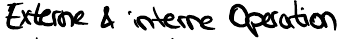
Externe & interne Operation